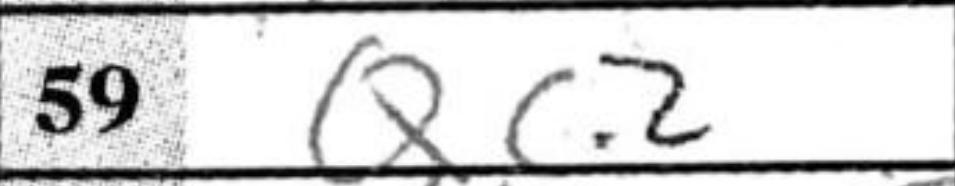
Transcription: Qc2